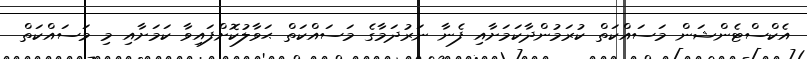
އެކްސްޓެންޝަން މަސައްކަތް ކުރަމުންދާކަމަށާއި ފެނާ ނަރުދަމާގެ މަސައްކަތް ޙަވާލުކޮށްފައިވާ ކަމަށާއި މި މަސައްކަތް